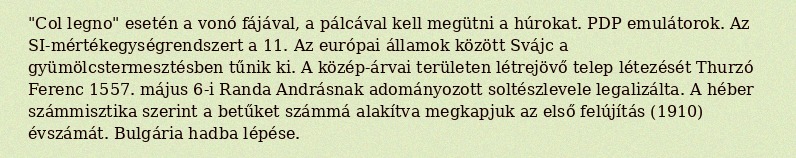
"Col legno" esetén a vonó fájával, a pálcával kell megütni a húrokat. PDP emulátorok. Az SI-mértékegységrendszert a 11. Az európai államok között Svájc a gyümölcstermesztésben tűnik ki. A közép-árvai területen létrejövő telep létezését Thurzó Ferenc 1557. május 6-i Randa Andrásnak adományozott soltészlevele legalizálta. A héber számmisztika szerint a betűket számmá alakítva megkapjuk az első felújítás (1910) évszámát. Bulgária hadba lépése.